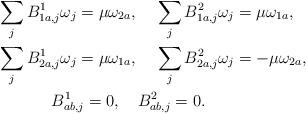
LaTeX: \begin{align*}&\sum_{j} B^{1}_{1a,j}\omega_j=\mu\omega_{2a}, ~~~\sum_{j} B^{2}_{1a,j}\omega_j=\mu\omega_{1a},\\&\sum_{j} B^{1}_{2a,j}\omega_j=\mu\omega_{1a}, ~~~\sum_{j} B^{2}_{2a,j}\omega_j=-\mu\omega_{2a},\\&~~~~~~~~~~B^{1}_{ab,j}=0, ~~~B^{2}_{ab,j}=0.\end{align*}